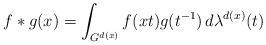
LaTeX: \begin{align*}f \ast g (x) = \int_{G^{d(x)}} f(xt) g(t^{-1}) \, d \lambda^{d(x)} (t)\end{align*}